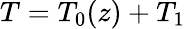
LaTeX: T=T_{0}(z)+T_{1}